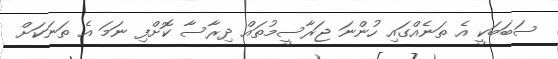
ސަބަބަކީ އެ ތަނެއްގައި ހުންނަ ޖަރާސީމުތައް ދިރާސާ ކޮށްފި ނަމަ އެ ތަނަކަށް